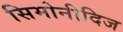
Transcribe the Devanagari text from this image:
सिमोनीदिज